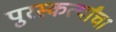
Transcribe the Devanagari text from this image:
पुरस्कर्त्यांचा